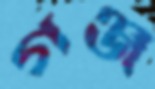
গঞ্জ